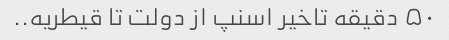
۵۰ دقیقه تاخیر اسنپ از دولت تا قیطریه..